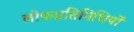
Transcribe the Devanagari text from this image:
लोकप्रतिनिधियों